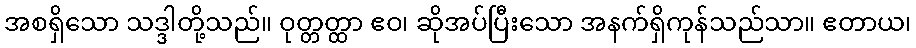
အစရှိသော သဒ္ဒါတို့သည်။ ဝုတ္တတ္ထာ ဧဝ၊ ဆိုအပ်ပြီးသော အနက်ရှိကုန်သည်သာ။ ဧတာယ၊